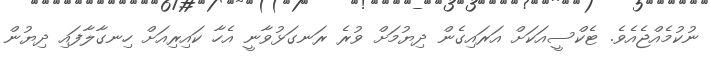
ނުކުމެއްޖެއެވެ. ޓެކްސީއަކަށް އަރައިގެން ދިޔުމަށް ވުރެ ރަނގަޅުވާނީ އެހާ ކައިރިއަށް ހިނގާލާފައި ދިޔުން